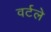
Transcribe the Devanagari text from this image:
वर्टले